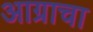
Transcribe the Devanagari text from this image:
आग्राचा